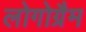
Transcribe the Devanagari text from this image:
लोगोग्रैम